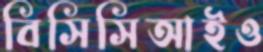
বিসিসিআইও